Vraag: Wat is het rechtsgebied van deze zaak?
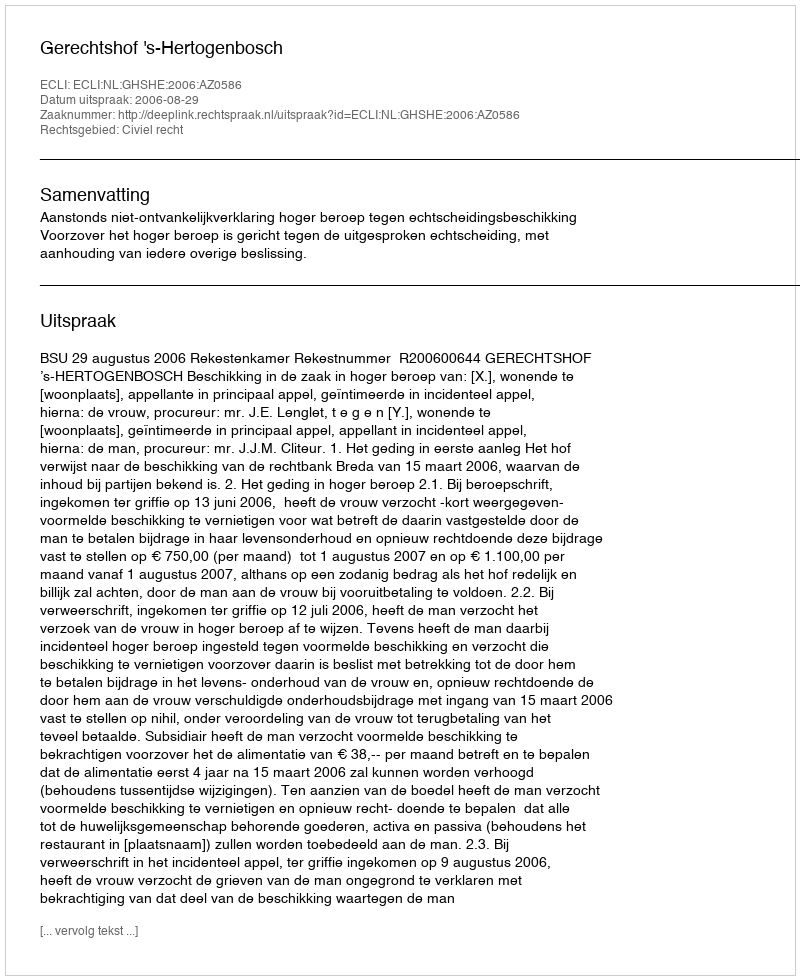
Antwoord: Civiel recht